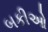
બકીઓ